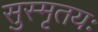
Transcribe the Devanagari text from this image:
सुस्मृतयः